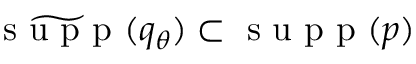
\widetilde { \textrm { s u p p } } ( { q } _ { \theta } ) \subset \textrm { s u p p } ( p )